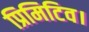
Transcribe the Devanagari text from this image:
प्रिमिटिव।